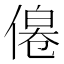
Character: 𠌔